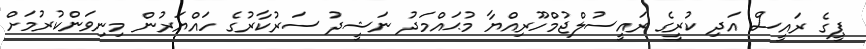
ޕީގެ ރައީސް އަދި ކުރީގެ ރައީސުލްޖުމްހޫރިއްޔާ މުޙައްމަދު ނަޝީދު ސަރުކާރުގެ ހައްޔަރުން މިނިވަންކުރުމަށް